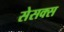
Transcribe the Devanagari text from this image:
सेसक्स